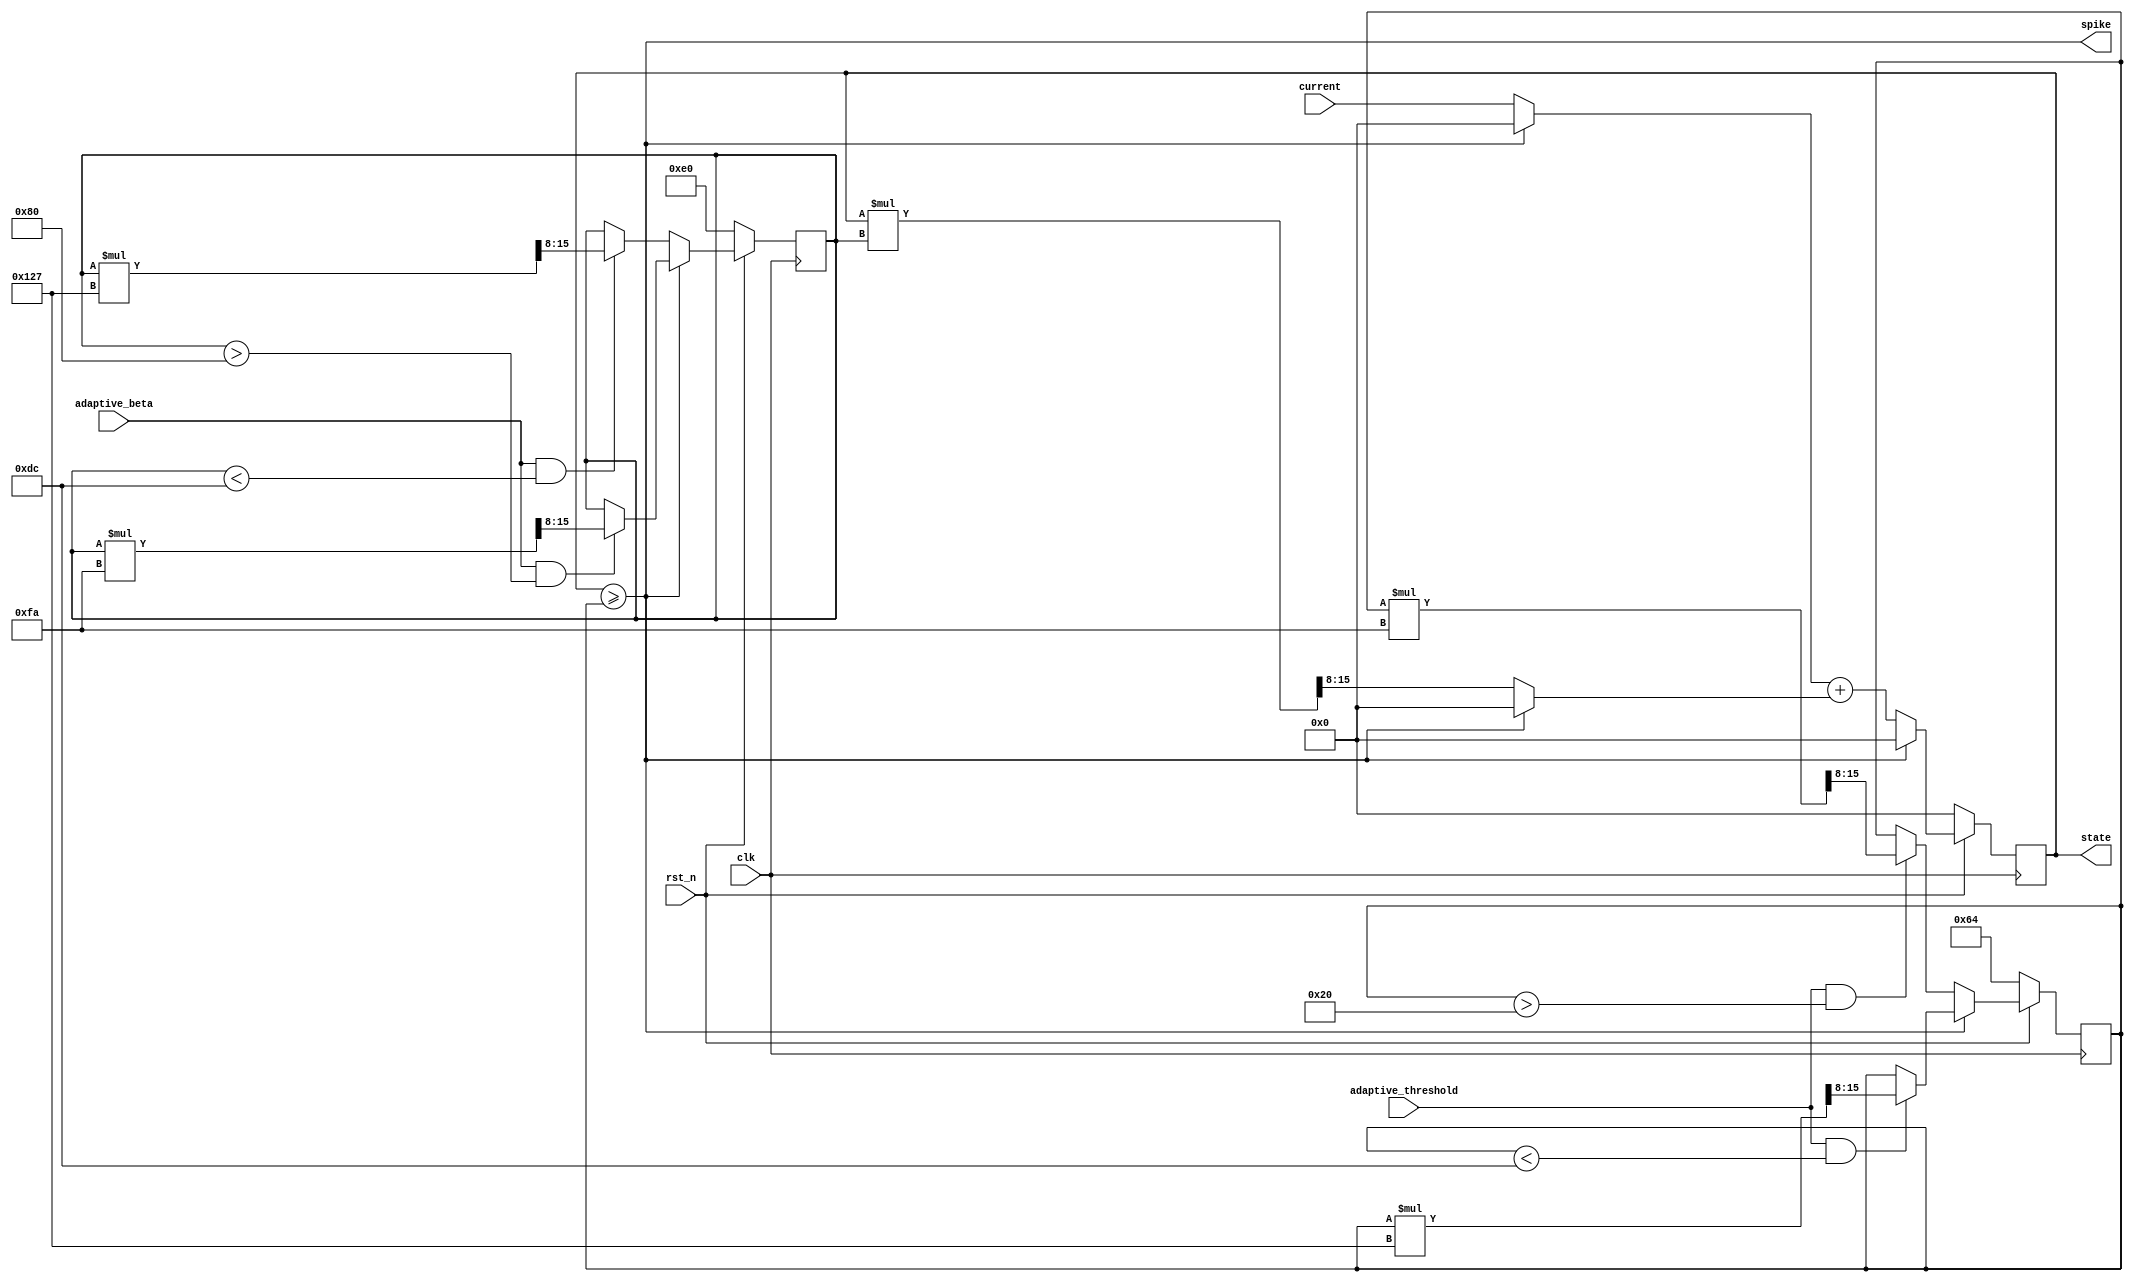
module lif (
    input wire [7:0] current,
    input wire clk,
    input wire rst_n,
    input wire adaptive_threshold,  // enable adaptive threshold  (enable when = 1, disable when = 0)
    input wire adaptive_beta,       // enable adaptive decay rate (enable when = 1, disable when = 0)
    output reg [7:0] state,
    output wire spike
);

    wire [7:0] next_state;
    reg [7:0] threshold;
    reg [7:0] beta;

    parameter ADAPTIVE_INCREMENT = 295;  // adaptive increment factor
    parameter ADAPTIVE_DECREMENT = 250;  // adaptive decrement factor


    always @(posedge clk) begin
        if (!rst_n) begin
            state <= 0;
            threshold <= 100;  // initial threshold 100
            beta <= 224;       // initial beta 224 = 224/256 = 0.875
        end else begin
            if (spike) begin
                state <= 0;
                if (adaptive_threshold && (threshold < 220))  // avoiding overflow 255
                    threshold <= threshold * ADAPTIVE_INCREMENT >> 8;  // increase threshold
                if (adaptive_beta && (beta > 128))
                    beta <= beta * ADAPTIVE_DECREMENT >> 8; // decrease decay rate
            end else begin
                state <= next_state;
                if (adaptive_threshold && (threshold > 32))  // avoiding being to low
                    threshold <= threshold * ADAPTIVE_DECREMENT >> 8;  // decrease threshold
                if (adaptive_beta && (beta < 220))
                    beta <= beta * ADAPTIVE_INCREMENT >> 8; // increse decay rate
            end
        end
    end

    // resting potential and threshold
    assign next_state = (spike ? 0 : (current)) + (spike ? 0 : (state * beta >> 8));
    assign spike = (state >= threshold);

endmodule